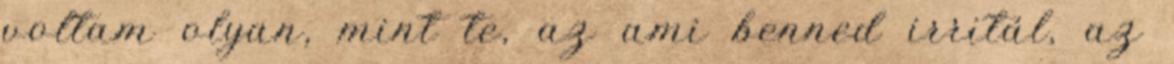
voltam olyan, mint te, az ami benned irritál, az